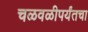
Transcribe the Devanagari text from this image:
चळवळीपर्यंतचा